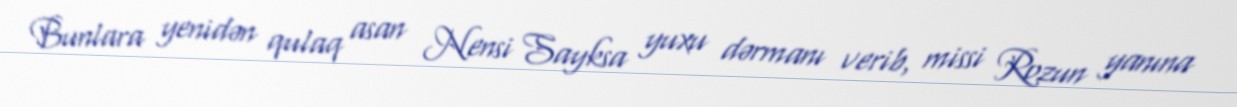
Bunlara yenidən qulaq asan Nensi Sayksa yuxu dərmanı verib, missi Rozun yanına